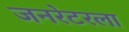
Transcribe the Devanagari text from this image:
जनरेटरला